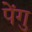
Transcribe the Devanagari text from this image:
पेंगु